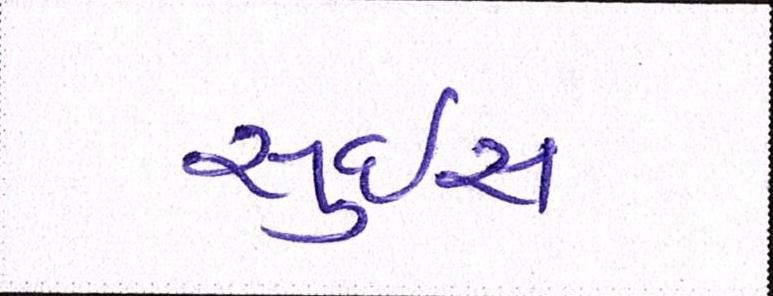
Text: સુઇસ